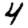
Digit: 4